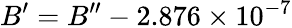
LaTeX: B^{\prime}=B^{\prime\prime}-2.876\times 10^{-7}